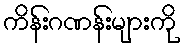
ကိန်းဂဏန်းများကို